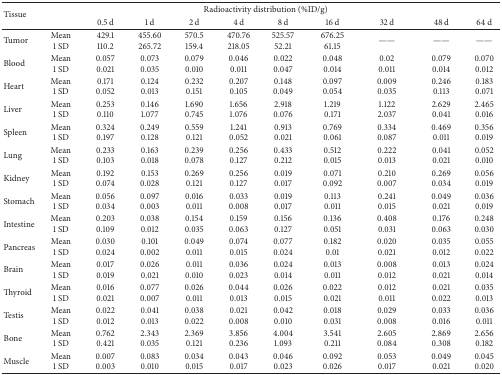
<table><thead><tr><td rowspan="2"><b>Tissue</b></td><td colspan="10"><b> Radioactivity distribution (%ID/g)</b></td></tr><tr><td><b> </b></td><td><b>0.5 d</b></td><td><b>1 d</b></td><td><b>2 d</b></td><td><b>4 d</b></td><td><b>8 d</b></td><td><b>16 d</b></td><td><b>32 d</b></td><td><b>48 d</b></td><td><b>64 d</b></td></tr></thead><tbody><tr><td>Tumor</td><td>Mean1 SD</td><td>429.1110.2</td><td>455.60265.72</td><td>570.5159.4</td><td>470.76218.05</td><td>525.5752.21</td><td>676.2561.15</td><td>——</td><td>——</td><td>——</td></tr><tr><td>Blood</td><td>Mean1 SD</td><td>0.0570.021</td><td>0.0730.035</td><td>0.0790.010</td><td>0.0460.011</td><td>0.0220.047</td><td>0.0480.014</td><td>0.020.011</td><td>0.0790.014</td><td>0.0700.012</td></tr><tr><td>Heart</td><td>Mean1 SD</td><td>0.1710.052</td><td>0.1240.013</td><td>0.2320.151</td><td>0.2070.105</td><td>0.1480.049</td><td>0.0970.054</td><td>0.0090.035</td><td>0.2460.113</td><td>0.1830.071</td></tr><tr><td>Liver</td><td>Mean1 SD</td><td>0.2530.110</td><td>0.1461.077</td><td>1.6900.745</td><td>1.6561.076</td><td>2.9180.076</td><td>1.2190.171</td><td>1.1222.037</td><td>2.6290.041</td><td>2.4650.016</td></tr><tr><td>Spleen</td><td>Mean1 SD</td><td>0.3240.197</td><td>0.2490.128</td><td>0.5590.121</td><td>1.2410.052</td><td>0.9130.021</td><td>0.7690.061</td><td>0.3340.087</td><td>0.4690.011</td><td>0.3560.019</td></tr><tr><td>Lung</td><td>Mean1 SD</td><td>0.2330.103</td><td>0.1630.018</td><td>0.2390.078</td><td>0.2560.127</td><td>0.4330.212</td><td>0.5120.015</td><td>0.2220.013</td><td>0.0410.021</td><td>0.0520.010</td></tr><tr><td>Kidney</td><td>Mean1 SD</td><td>0.1920.074</td><td>0.1530.028</td><td>0.2690.121</td><td>0.2560.127</td><td>0.0190.017</td><td>0.0710.092</td><td>0.2100.007</td><td>0.2690.034</td><td>0.0560.019</td></tr><tr><td>Stomach</td><td>Mean1 SD</td><td>0.0560.034</td><td>0.0970.003</td><td>0.0160.011</td><td>0.0330.008</td><td>0.0190.017</td><td>0.1130.011</td><td>0.2410.015</td><td>0.0490.021</td><td>0.0360.019</td></tr><tr><td>Intestine</td><td>Mean1 SD</td><td>0.2030.109</td><td>0.0380.012</td><td>0.1540.035</td><td>0.1590.063</td><td>0.1560.127</td><td>0.1360.051</td><td>0.4080.031</td><td>0.1760.063</td><td>0.2480.030</td></tr><tr><td>Pancreas</td><td>Mean1 SD</td><td>0.0300.024</td><td>0.1010.002</td><td>0.0490.011</td><td>0.0740.015</td><td>0.0770.024</td><td>0.1820.01</td><td>0.0200.021</td><td>0.0350.012</td><td>0.0550.022</td></tr><tr><td>Brain</td><td>Mean1 SD</td><td>0.0170.019</td><td>0.0260.021</td><td>0.0110.010</td><td>0.0360.023</td><td>0.0240.014</td><td>0.0130.011</td><td>0.0080.012</td><td>0.0130.021</td><td>0.0240.014</td></tr><tr><td>Thyroid</td><td>Mean1 SD</td><td>0.0160.021</td><td>0.0770.007</td><td>0.0260.011</td><td>0.0440.013</td><td>0.0260.015</td><td>0.0220.021</td><td>0.0120.011</td><td>0.0210.022</td><td>0.0350.013</td></tr><tr><td>Testis</td><td>Mean1 SD</td><td>0.0220.012</td><td>0.0410.013</td><td>0.0380.022</td><td>0.0210.008</td><td>0.0420.010</td><td>0.0180.031</td><td>0.0290.008</td><td>0.0330.016</td><td>0.0360.011</td></tr><tr><td>Bone</td><td>Mean1 SD</td><td>0.7620.421</td><td>2.3430.035</td><td>2.3690.121</td><td>3.8560.236</td><td>4.0041.093</td><td>3.5410.211</td><td>2.6050.084</td><td>2.8690.308</td><td>2.6560.182</td></tr><tr><td>Muscle</td><td>Mean1 SD</td><td>0.0070.003</td><td>0.0830.010</td><td>0.0340.015</td><td>0.0430.017</td><td>0.0460.023</td><td>0.0920.026</td><td>0.0530.017</td><td>0.0490.021</td><td>0.0450.020</td></tr></tbody></table>